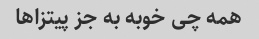
همه چی خوبه به جز پیتزاها